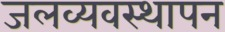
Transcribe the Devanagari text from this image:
जलव्यवस्थापन